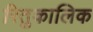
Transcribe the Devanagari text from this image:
रितुकालिक